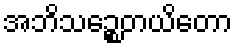
အဘိသဉ္စေတယိတော